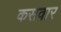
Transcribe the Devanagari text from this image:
कसवार